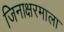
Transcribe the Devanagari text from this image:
जिनाक्षरमाला